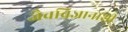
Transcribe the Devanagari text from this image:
जैवविज्ञानाशी